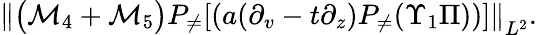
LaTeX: \begin{array}{r}{\left\| \big(\mathcal{M}_{4}+\mathcal{M}_{5}\big)P_{\neq}[(a(\partial_{v}-t\partial_{z})P_{\neq}(\Upsilon_{1}\Pi))]\right\| _{L^{2}}.}\end{array}